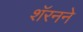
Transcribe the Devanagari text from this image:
शॅरनने